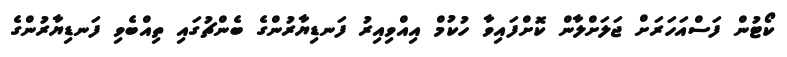
ކޯޓުން ފަސްއަހަރަށް ޖަލަށްލާން ކޮށްފައިވާ ހުކުމް އިއްވިއިރު ފަނޑިޔާރުންގެ ބެންޗުގައި ތިއްބެވި ފަނޑިޔާރުންގެ